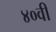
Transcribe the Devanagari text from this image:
४०वी